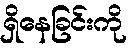
ရှိနေခြင်းကို